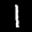
Label: 1